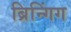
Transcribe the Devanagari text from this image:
ब्रिन्गिंग